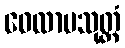
ဝေလာမသုတ္တံ